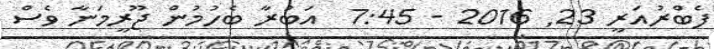
ފެބްރުއަރީ 23